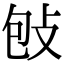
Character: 𢼌